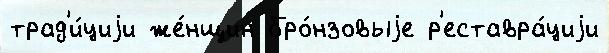
трад'и́циjи же́нщин бро́нзовыjе р'еставра́циjи